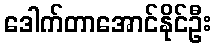
ဒေါက်တာအောင်နိုင်ဦး